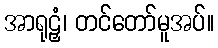
အာရုဠှံ၊ တင်တော်မူအပ်။